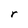
Character: r